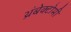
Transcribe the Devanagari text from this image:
थ्रंबेक्टोमी